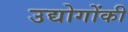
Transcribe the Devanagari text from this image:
उद्योगोंकी